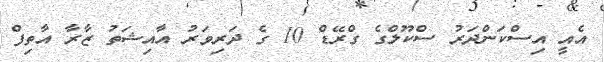
އެއީ އިސްކަންދަރު ސްކޫލްގެ ގްރޭޑް 10 ގެ ދަރިވަރު އާއިޝަތު ޒާރާ އާތިފް